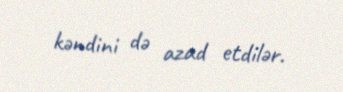
kəndini də azad etdilər.